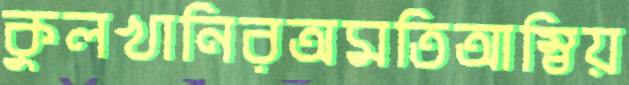
কুলখানিরঅমতিআম্বিয়